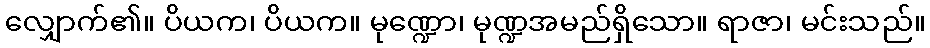
လျှောက်၏။ ပိယက၊ ပိယက။ မုဏ္ဍော၊ မုဏ္ဍအမည်ရှိသော။ ရာဇာ၊ မင်းသည်။